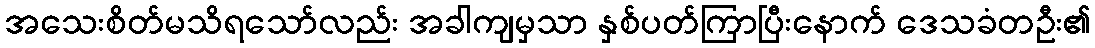
အသေးစိတ်မသိရသော်လည်း အခါကျမှသာ နှစ်ပတ်ကြာပြီးနောက် ဒေသခံတဦး၏